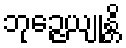
ဘုဉ္ဇေယျုန္တိ